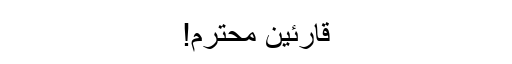
قارئین محترم!